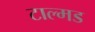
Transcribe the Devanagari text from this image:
टाल्मड